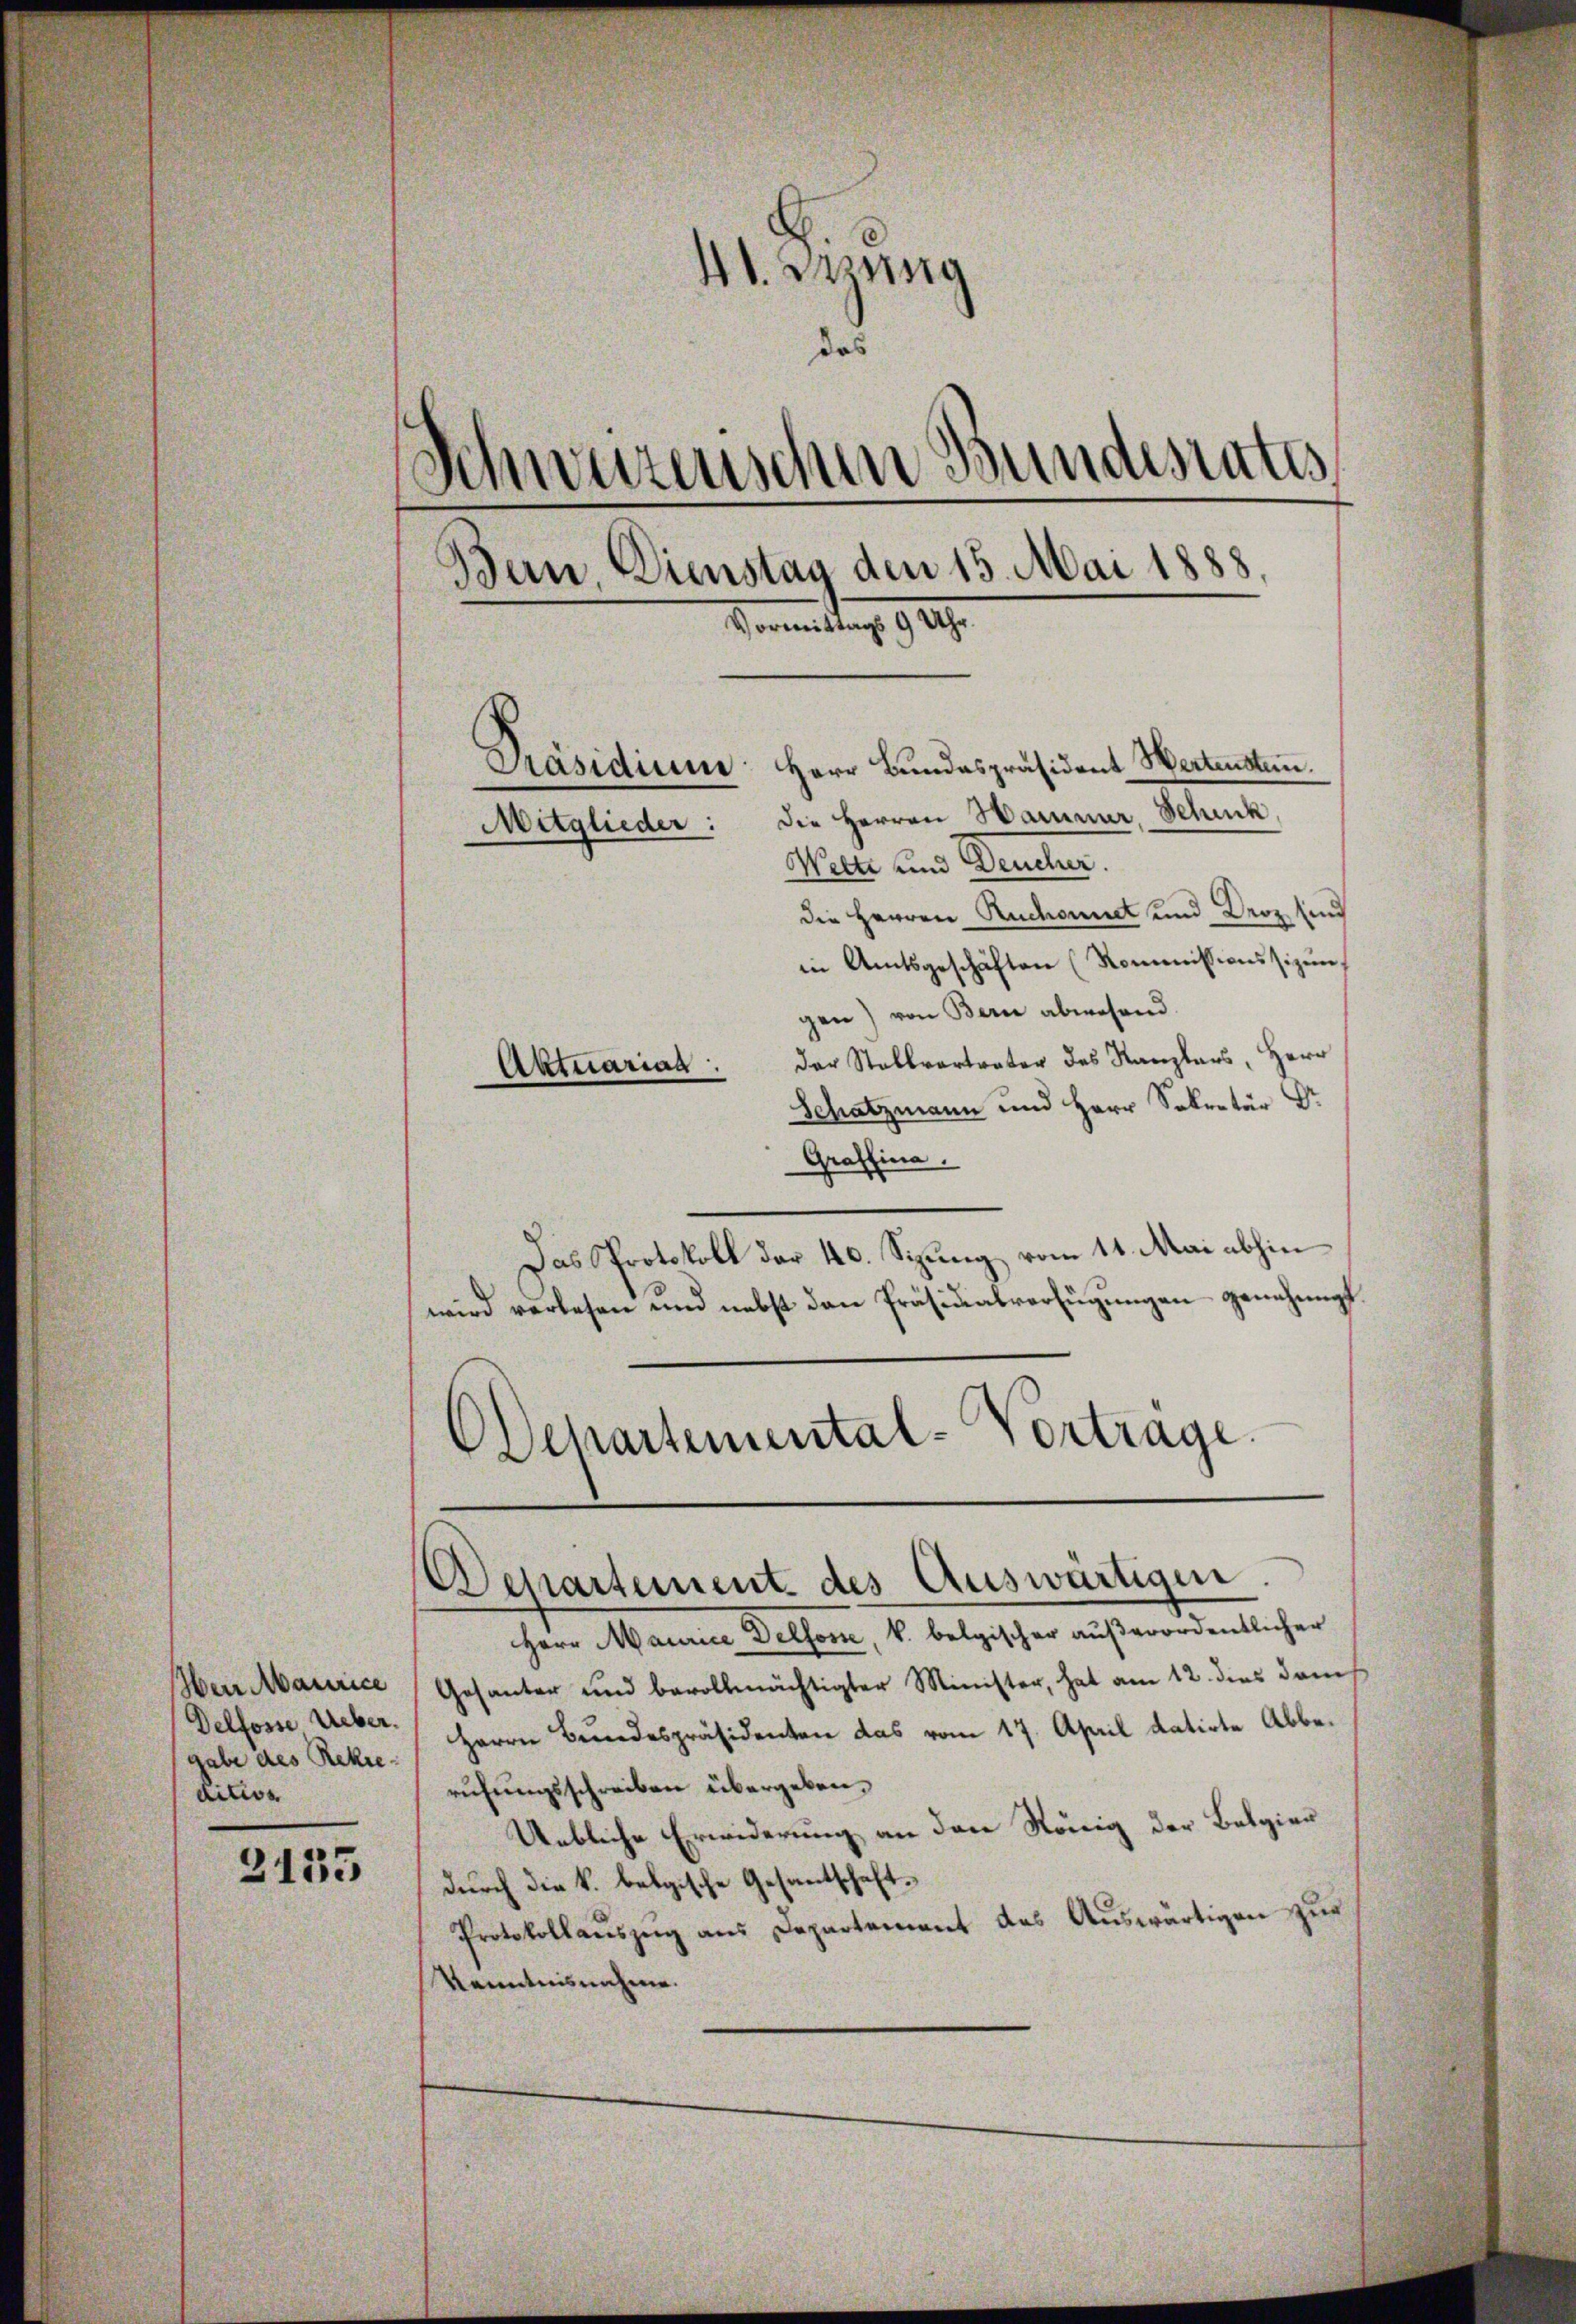
Herr Maurice
Delfosse Ueber.
gabe des Rekre
dilis

2153

4t. Zung
das
Schweizerischen Bundesrates
.
Bern, Dienstag den 15. Mai 1888.
Vormittags 9 Uhr.
Präsidium Herr Bundespräsident Wertensten.
die Herren Hammer, Schick,
Mitglieder:
Wette und Deucher.
die Herren Ruchoundt und Droz sind
in Amtsgeschäften (Kommissionssizungen) von Bern abwesend.
der Stellvertrater des Kanzlers, Herr
Aktuariaa.
Schatzmann und Herr Sekretär Dr.

Departement des Auswärtigen.

e

Graffina.
Das Protokoll der 40. Sizung vom 14. Mai abhin
wird verlesen und nebst den Präsidialverfügungen genehmigt.
Departemental-Vortrage.

Herr Maurice Dellone, k. belgischer außerordentlicher
Gesanter und bevollmächtigter Minister, hat am 12. dies dem
Herrn Bundespräsidenten das vom 17. April datirte Abberufungsschreiben übergeben.
Uebliche Erwiderung an den König der Belgier
durch die k. belgische Gesantschaft¬
Protokollauszug aus Departement das Auswärtigen zur
Kenntnisnahme.